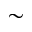
\sim